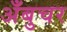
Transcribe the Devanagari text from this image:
अँबुचर